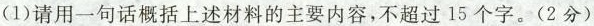
(1)请用一句话概括上述材料的主要内容，不超过15个字。(2分)